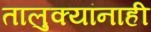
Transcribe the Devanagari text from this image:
तालुक्यांनाही